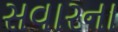
સવારના